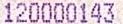
120000143